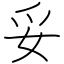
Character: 妥